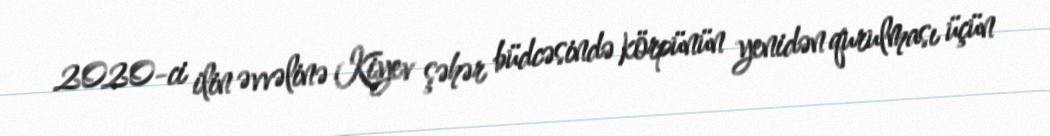
2020-ci ilin əvvəlinə Kiyev şəhər büdcəsində körpünün yenidən qurulması üçün